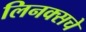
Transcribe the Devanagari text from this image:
लिनक्सचे